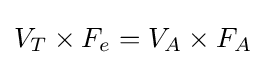
V_{T}\times F_{e}=V_{A}\times F_{A}